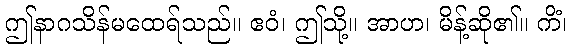
ဤနာဂသိန်မထေရ်သည်။ ဧဝံ၊ ဤသို့။ အာဟ၊ မိန့်ဆို၏။ ကိံ၊